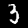
Label: 3